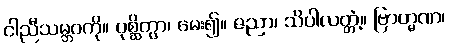
ငါညီသမ္ဘဝကို။ ပုစ္ဆိတွာ၊ မေး၍။ ဇညာ၊ သိပါလတ္တံ့။ ဗြာဟ္မဏ၊